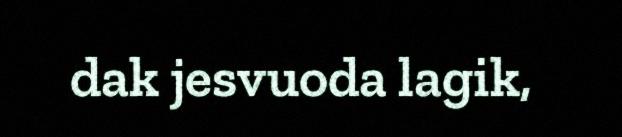
dak jesvuoda lagik,